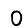
Digit: 0